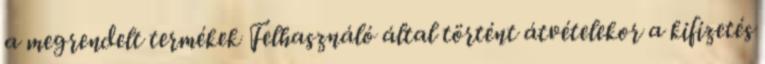
a megrendelt termékek Felhasználó által történt átvételekor a kifizetés